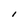
Character: I